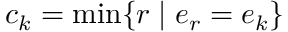
c _ { k } = \operatorname* { m i n } \{ r \mid e _ { r } = e _ { k } \}